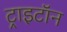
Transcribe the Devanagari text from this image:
ट्राइटॉन